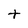
Character: t